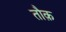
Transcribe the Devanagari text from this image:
तौक़